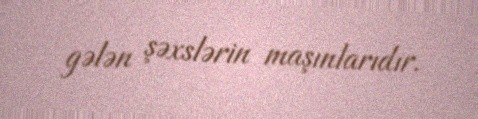
gələn şəxslərin maşınlarıdır.